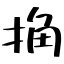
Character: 捔